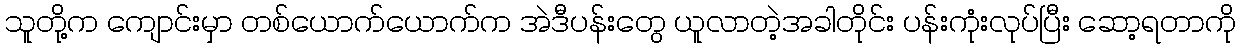
သူတို့က ကျောင်းမှာ တစ်ယောက်ယောက်က အဲဒီပန်းတွေ ယူလာတဲ့အခါတိုင်း ပန်းကုံးလုပ်ပြီး ဆော့ရတာကို